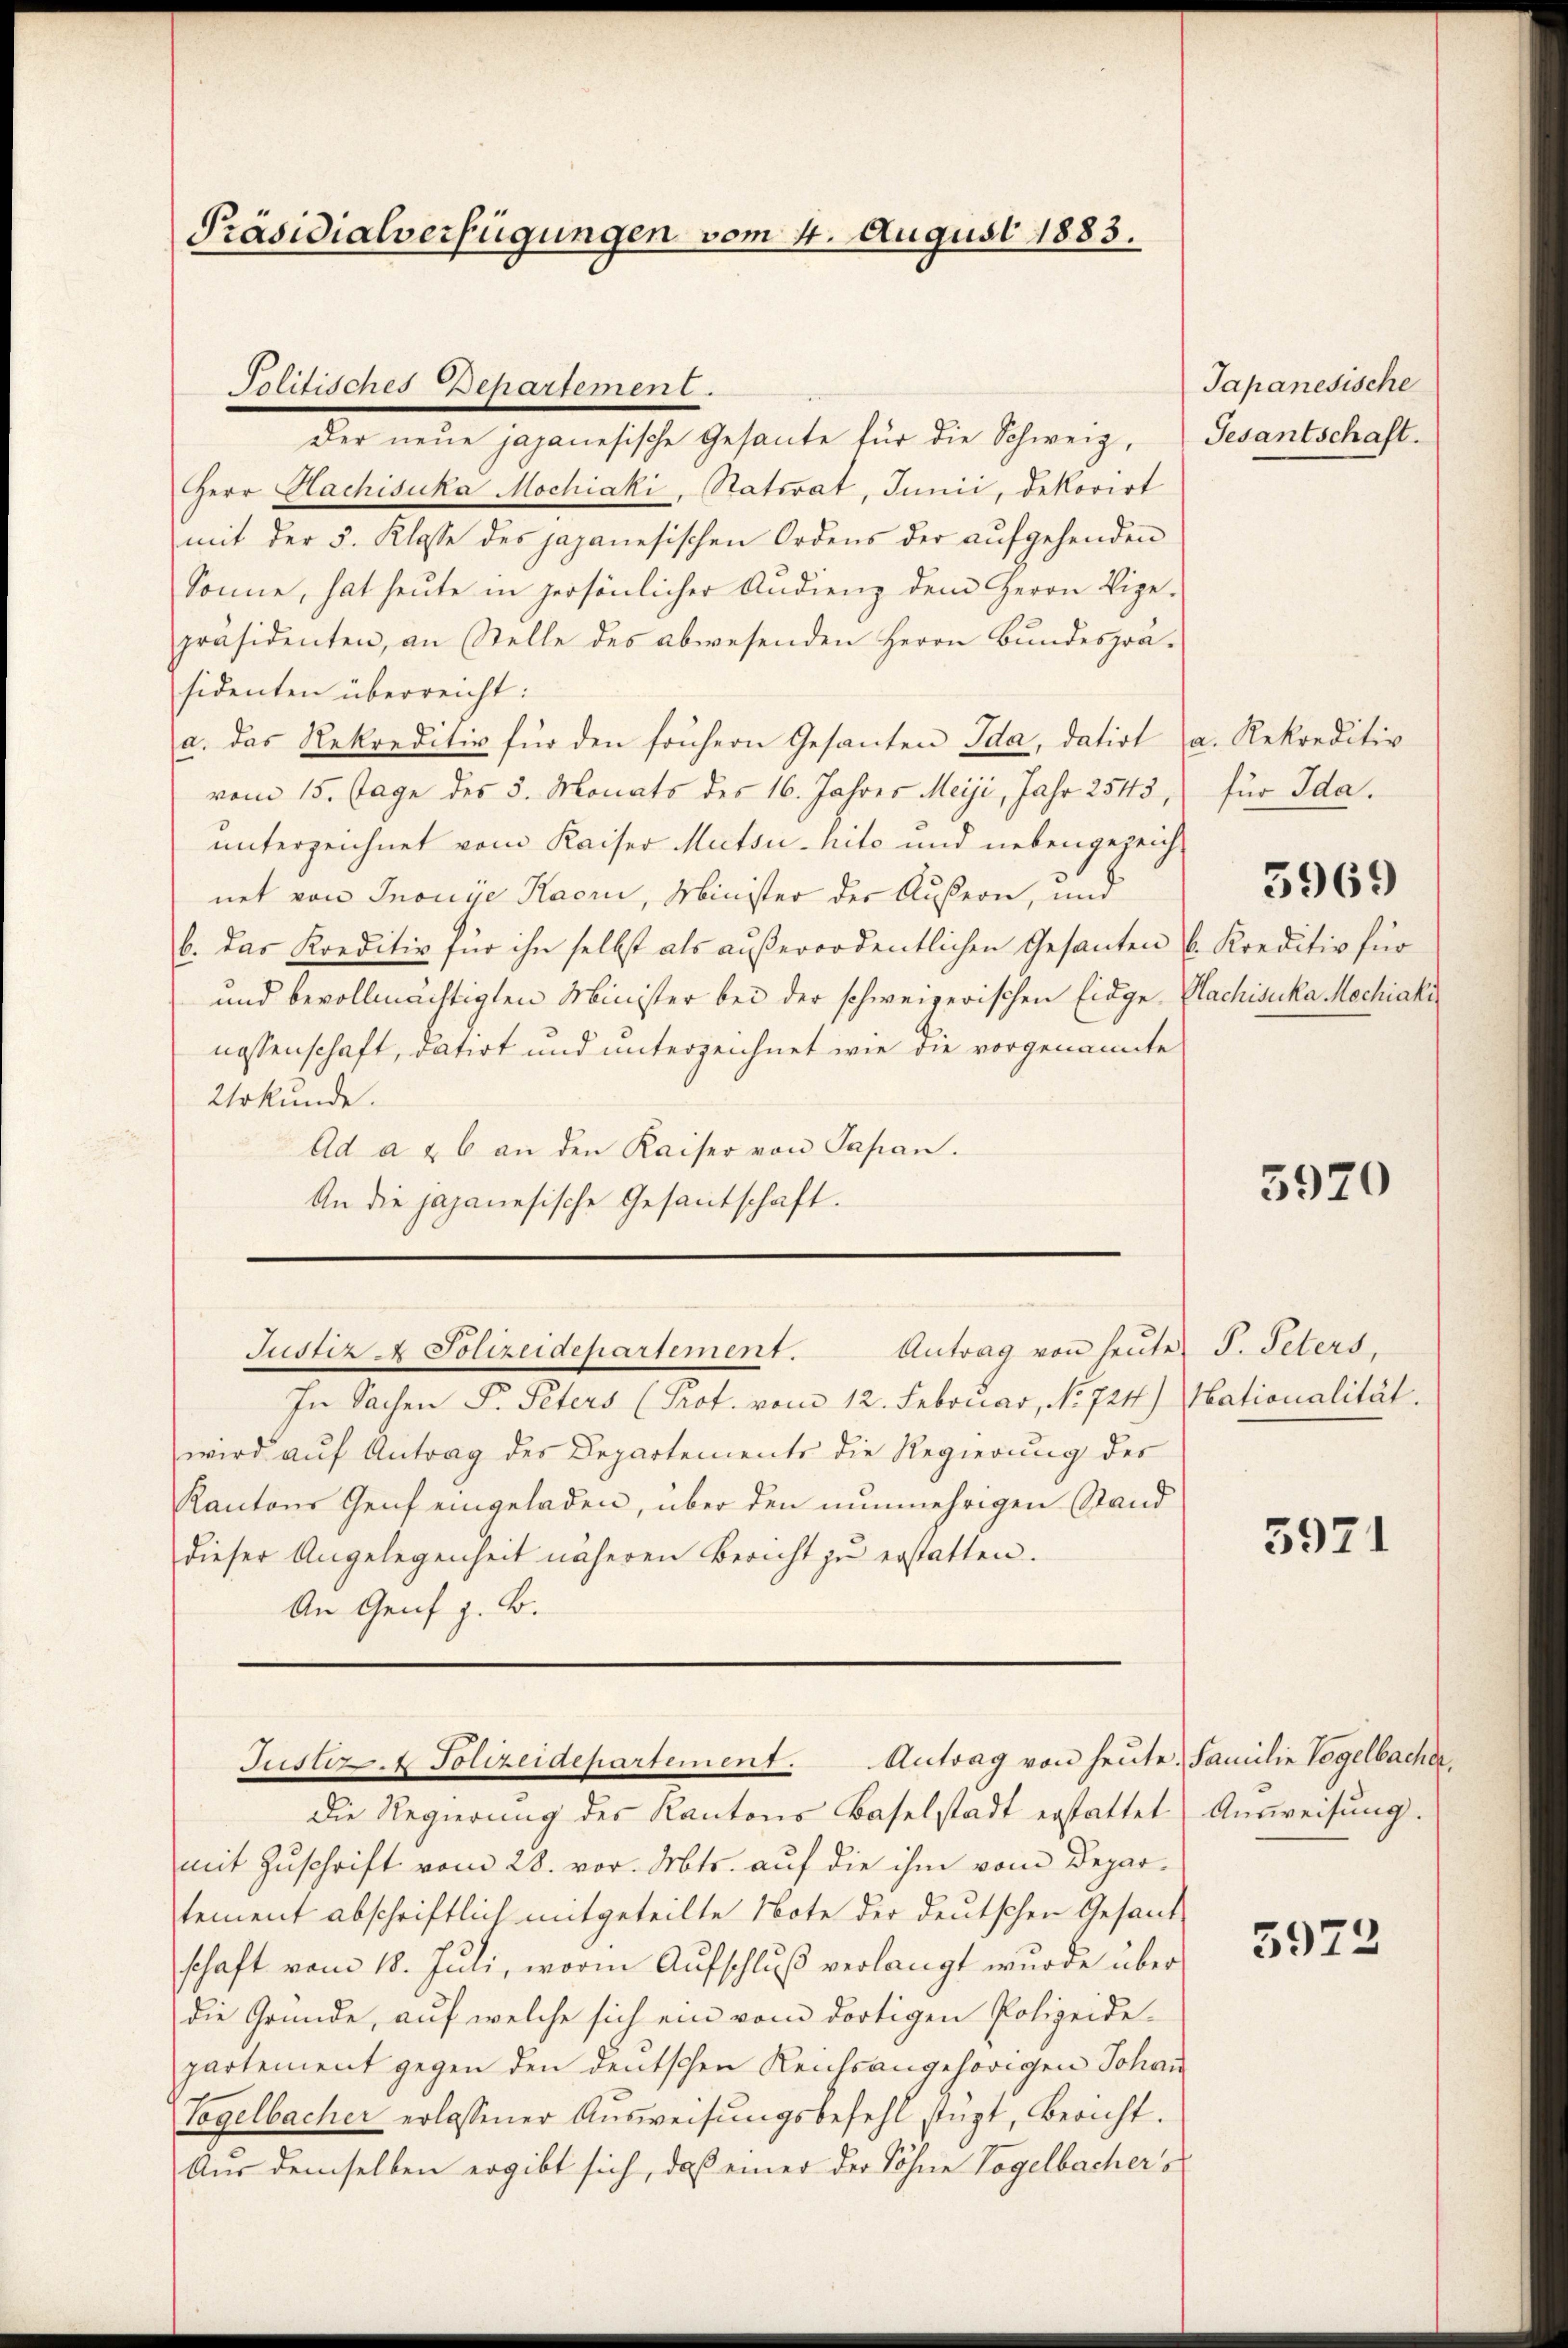
der neŭe japanesische Gesante für die Schweiz, Gesantschaft.
Herr Hachisuka Mochiaki, Statsrat, Junii, dekorirt
mit der 5. Klasse des japanesischen Ordens der aufgehenden
Sonne, hat heŭte in persönlicher Audienz dem Herrn Vige-
präsidenten, an Stelle des abwesenden Herrn Bundesprä-
sidenten überreicht:
a. das Rekreditiv für den frühern Gesanten Ida, datirt a. Rekreditiv
vom 15. Tage des 3. Monats des 16. Jahres Meiji, Jahr 2543,
unterzeichnet vom Kaiser Mutsu-hito und nebengezeichnet von Inonye Kaori, Minister der Außern, und
b. Das Kreditiv für ihn selbst als außerordentlichen Gesanten 6.
und bevollmächtigten Minister bei der schweizerischen Eidge- Nachisuka Mechiaki
nossenschaft, datirt und unterzeichnet wie die vorgenannte
Urkunde.
Ad a & 6 an den Kaiser von Japan.
An die japanesische Gesantschaft.

Präsidialverfügungen vom 4. August 1883.

Politisches Departement.

In Sachen F. Peters (Prof. vom 12. Februar, No 724.) Nationalität.
wird auf Antrag des Departements die Regierung des
Kantons Genf eingeladen, über den nunmehrigen Stand
dieser Angelegenheit näheren Bericht zu erstatten.
An Genf z. B.

Justiz & Polizeidepartement. Antrag von heŭte.

Justiz- & Polizeidepartement. Antrag von heute. Familie Vogelbacher,

die Regierung des Kantons Baselstadt erstattet. Ausweisung.
mit Zuschrift vom 28. vor. Mts. auf die ihm vom Deparstement abschriftlich mitgeteilte Note der deutschen Gesand-
schaft vom 18. Juli, worin Aufschluß verlangt wurde über
die Gründe, auf welche sich ein vom dortigen Polizeide-
partement gegen den deutschen Reichsangehörigen Johan
Vogelbacher erlassener Aŭsweisŭngsbefehl stüzt, Bericht.
Aus demselben ergibt sich, daß einer der Sohne Vogelbachers

Japanesische

für Ida.

5969

. Konditiv für

5920

P. Peters,

5971

5972